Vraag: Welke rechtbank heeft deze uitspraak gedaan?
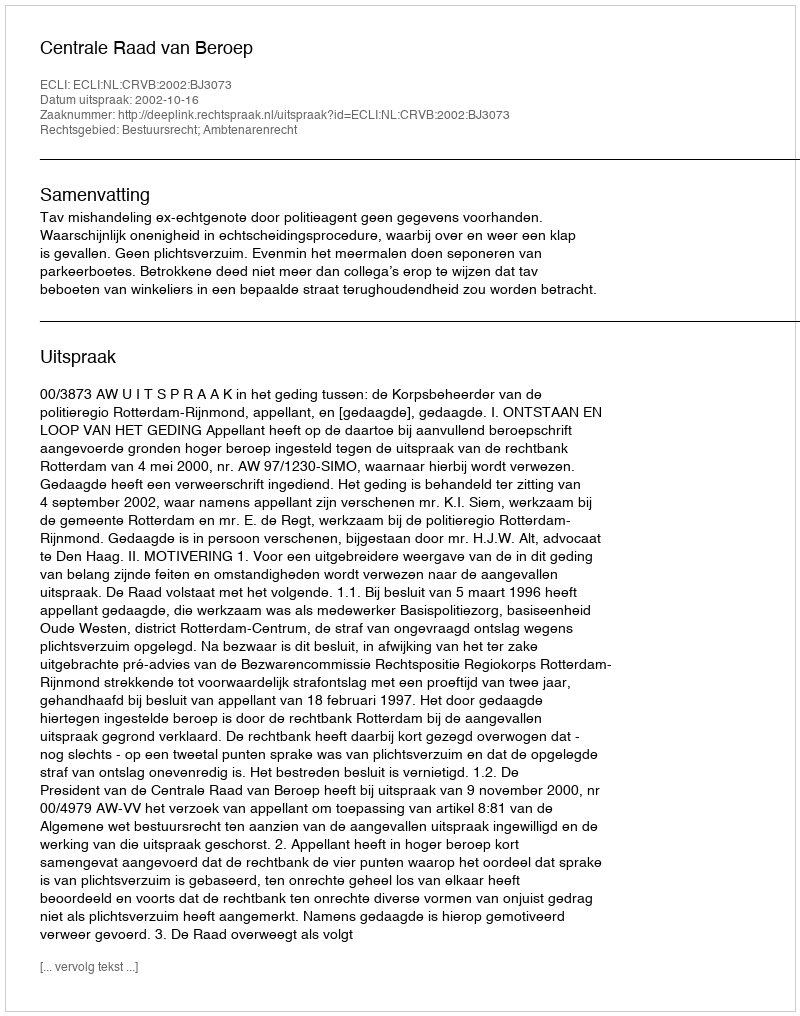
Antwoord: Centrale Raad van Beroep